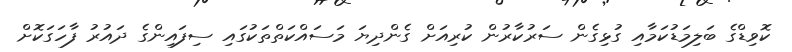
ކޮވިޑްގެ ބަލިމަޑުކަމާއި ގުޅިގެން ސަރުކާރުން ކުރިއަށް ގެންދިޔަ މަސައްކަތްތަކުގައި ސިފައިންގެ ދައުރު ފާހަގަކޮށް